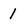
Character: 1